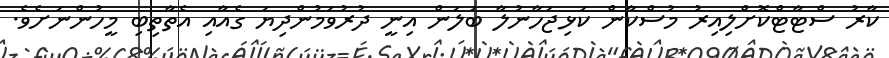
ކާރު ސްޓާޓްކޮށްލިއިރު މުސްކާން ކަޅިޖަހާނުލާ ބަލަން އިނީ ދުރުވަމުންދިޔަ ގެއާއި އެތާތިބި މީހުންނަށެވެ.